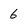
Character: 6